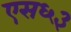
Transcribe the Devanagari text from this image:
एस६३